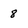
Character: 8